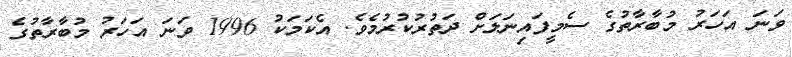
ވަނަ އަހަރު މުބާރާތުގެ ސެމީފައިނަލަށް ދަތުރުކުރުމެވެ. އެކަަމަކު 1996 ވަނަ އަހަރު މުބާރާތުގެ